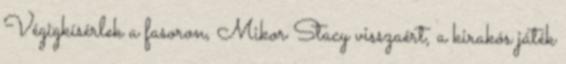
Végigkísérlek a fasoron, Mikor Stacy visszaért, a kirakós játék